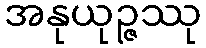
အနုယုဉ္ဇဿု